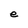
Character: e